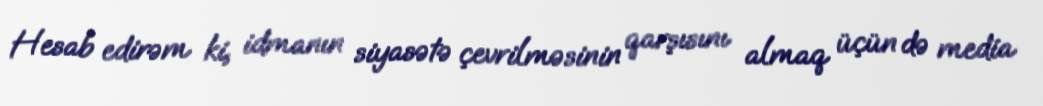
Hesab edirəm ki, idmanın siyasətə çevrilməsinin qarşısını almaq üçün də media